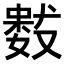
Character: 𭤋